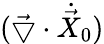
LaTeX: (\vec{\bigtriangledown}\cdot{\dot{\vec{X}}}_{0})